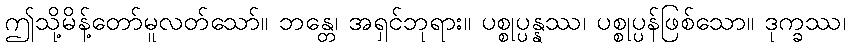
ဤသို့မိန့်တော်မူလတ်သော်။ ဘန္တေ၊ အရှင်ဘုရား။ ပစ္စုပ္ပန္နဿ၊ ပစ္စုပ္ပန်ဖြစ်သော။ ဒုက္ခဿ၊